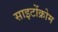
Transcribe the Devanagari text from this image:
साइटोंक्रोम